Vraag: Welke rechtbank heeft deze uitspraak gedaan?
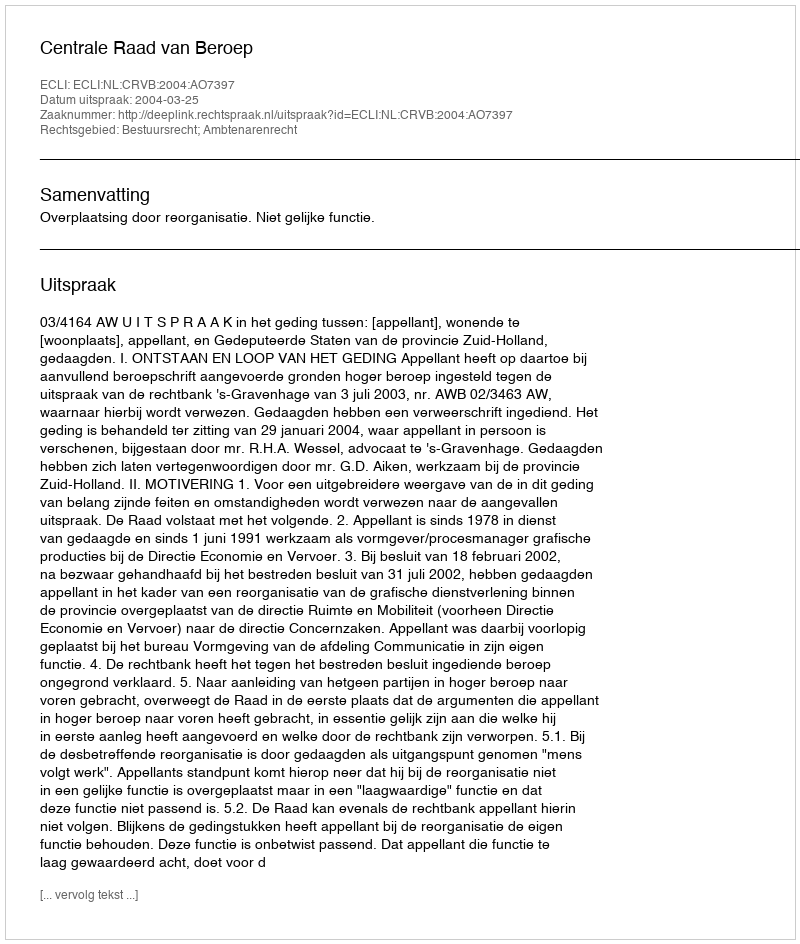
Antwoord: Centrale Raad van Beroep